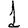
Digit: 1